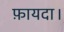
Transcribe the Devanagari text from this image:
फ़ायदा।